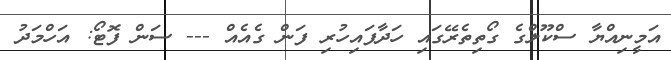
އަމީނިއްޔާ ސްކޫލްގެ ގޯތިތެރޭގައި ހަދާފައިހުރި ފަން ގެއެއް --- ސަން ފޮޓޯ: އަހްމަދު